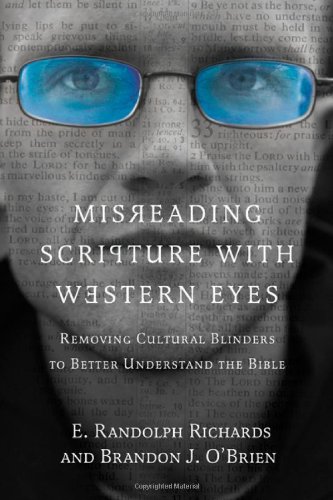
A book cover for Misreading Scripture with Western Eyes: Removing Cultural Blinders to Better Understand the Bible; E. Randolph Richards; Science & Math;